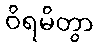
ဝိရမိတွာ